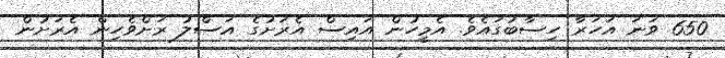
650 ވަނަ އަހަރާ ހިސާބުގައެވެ. އެމީހުން އައިސް އެރަށުގެ އަސްލު ރަށްވެހިން އެރަށުން